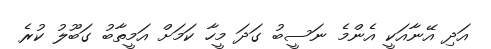
އަދި އޭނާއަކީ އެންމެ ނަސީބު ގަދަ މީހާ ކަމަށް އަމީތާބު ގަބޫލު ކުރެ